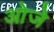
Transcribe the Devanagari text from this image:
ओजे